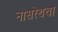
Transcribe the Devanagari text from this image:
नासरेथचा